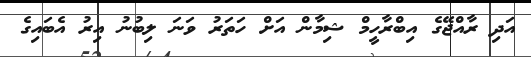
އަދި ރާއްޖޭގެ އިބްރާހީމް ޝިމާން އަށް ހަތަރު ވަނަ ލިބުނު އިރު އެބައިގެ